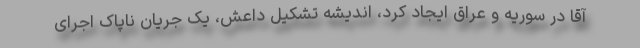
آقا در سوریه و عراق ایجاد کرد، اندیشه تشکیل داعش، یک جریان ناپاک اجرای